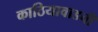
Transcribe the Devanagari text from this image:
काठियावाडची